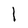
Character: 1